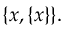
\{ x , \{ x \} \} .